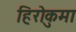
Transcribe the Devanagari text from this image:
हिरोकुमा